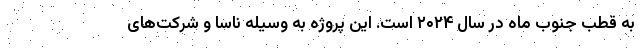
به قطب جنوب ماه در سال ۲۰۲۴ است. این پروژه به‌ وسیله ناسا و شرکت‌های